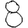
Digit: 8